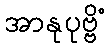
အာနုပုဗ္ဗိံ